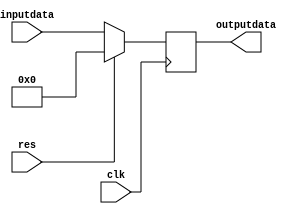
`timescale 1ns / 1ps
//////////////////////////////////////////////////////////////////////////////////
// Company: Kyushu Institute of Technology
// 
// Design Name:    Neural Network (using backpropagation)
// Module Name:    delay1 
// Project Name:   LSI Design Contest in Okinawa 2018
// Target Devices: 
// Tool versions: 
//
//	Description:
//		1 clock delay of 1 input and 1 output
// 
// Input:(i=1,2,3 , j=1,2)
//		clk			: 1 bit
//		reset 		: 1 bit : high active
//		inputdata	: 16 bits 00_0000.0000_0000_00 unsigned : input data
// Output:
//		output		: 16 bits 00_0000.0000_0000_00 unsigned : output data
//
//	Dependencies: 
// 
// Revision: 
// Revision 0.01 - File Created
// Additional Comments: 
//
//////////////////////////////////////////////////////////////////////////////////
module delay1(
    input clk,
	 input res,
    input [15:0] inputdata,
    output [15:0] outputdata
    );

	reg [15:0] out;
	
	always@(posedge clk)
	begin
		if(res== 1)
		out =0;
		else
		out = inputdata;
	end
	assign outputdata = out;
endmodule